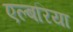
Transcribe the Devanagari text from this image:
एल्बरिया